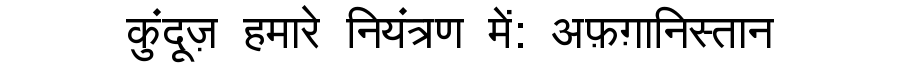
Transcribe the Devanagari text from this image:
कुंदूज़ हमारे नियंत्रण में: अफ़ग़ानिस्तान